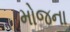
મોજના